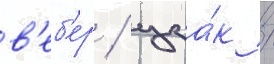
в'еб'ер / цза́к /